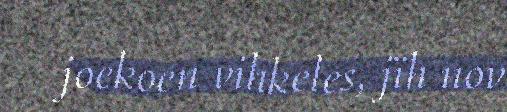
joekoen vihkeles, jïh nov